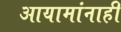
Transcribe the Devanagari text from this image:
आयामांनाही